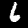
Digit: 6